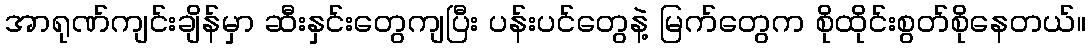
အာရုဏ်ကျင်းချိန်မှာ ဆီးနှင်းတွေကျပြီး ပန်းပင်တွေနဲ့ မြက်တွေက စိုထိုင်းစွတ်စိုနေတယ်။